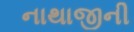
નાથાજીની